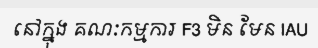
នៅក្នុង គណៈកម្មការ F3 មិន មែន IAU